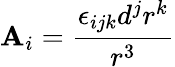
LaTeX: \mathbf{A}_{i}=\frac{{\epsilon_{ijk}d^{j}r^{k}}}{{r^{3}}}